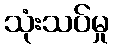
သုံးသပ်မှု